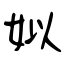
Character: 姒